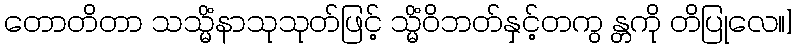
တောတိတာ သသ္မိံနာသုသုတ်ဖြင့် သ္မိံဝိဘတ်နှင့်တကွ န္တကို တိပြုလေ။]